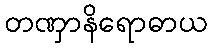
တဏှာနိရောဓာယ